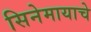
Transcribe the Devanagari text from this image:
सिनेमायाचे